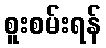
စူးစမ်းရန်